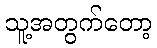
သူ့အတွက်တော့